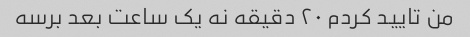
من تایید کردم ۲۰ دقیقه نه یک ساعت بعد برسه